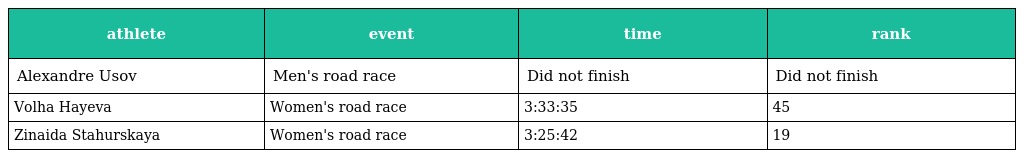
| athlete | event | time | rank |
 | --- | --- | --- | --- |
 | Alexandre Usov | Men's road race | Did not finish | Did not finish |
 | Volha Hayeva | Women's road race | 3:33:35 | 45 |
 | Zinaida Stahurskaya | Women's road race | 3:25:42 | 19 |